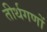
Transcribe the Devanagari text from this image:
तीर्थगणों